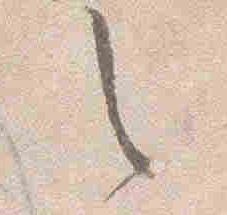
之